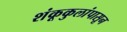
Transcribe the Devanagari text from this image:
शंकूकुलांपासून